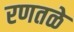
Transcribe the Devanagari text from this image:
रणतळे